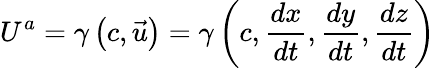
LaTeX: U^{a}=\gamma\left(c,{\vec{u}}\right)=\gamma\left(c,{\frac{dx}{dt}},{\frac{dy}{dt}},{\frac{dz}{dt}}\right)